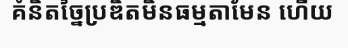
គំនិតច្នៃប្រឌិតមិនធម្មតាមែន ហើយ